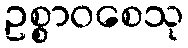
ဥစ္စာဝစေသု